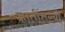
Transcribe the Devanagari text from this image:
ज्ञातींतल्या